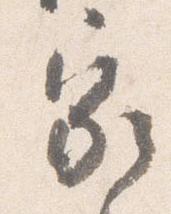
家